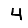
Digit: 4